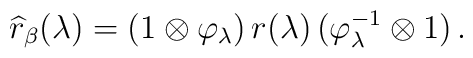
\widehat{r}_\beta (\lambda) =   (1 \otimes \varphi_\lambda) \, r(\lambda) \,  (\varphi_\lambda^{-1} \otimes 1) \,.